Kloostri_vallavalitsus, lk 9
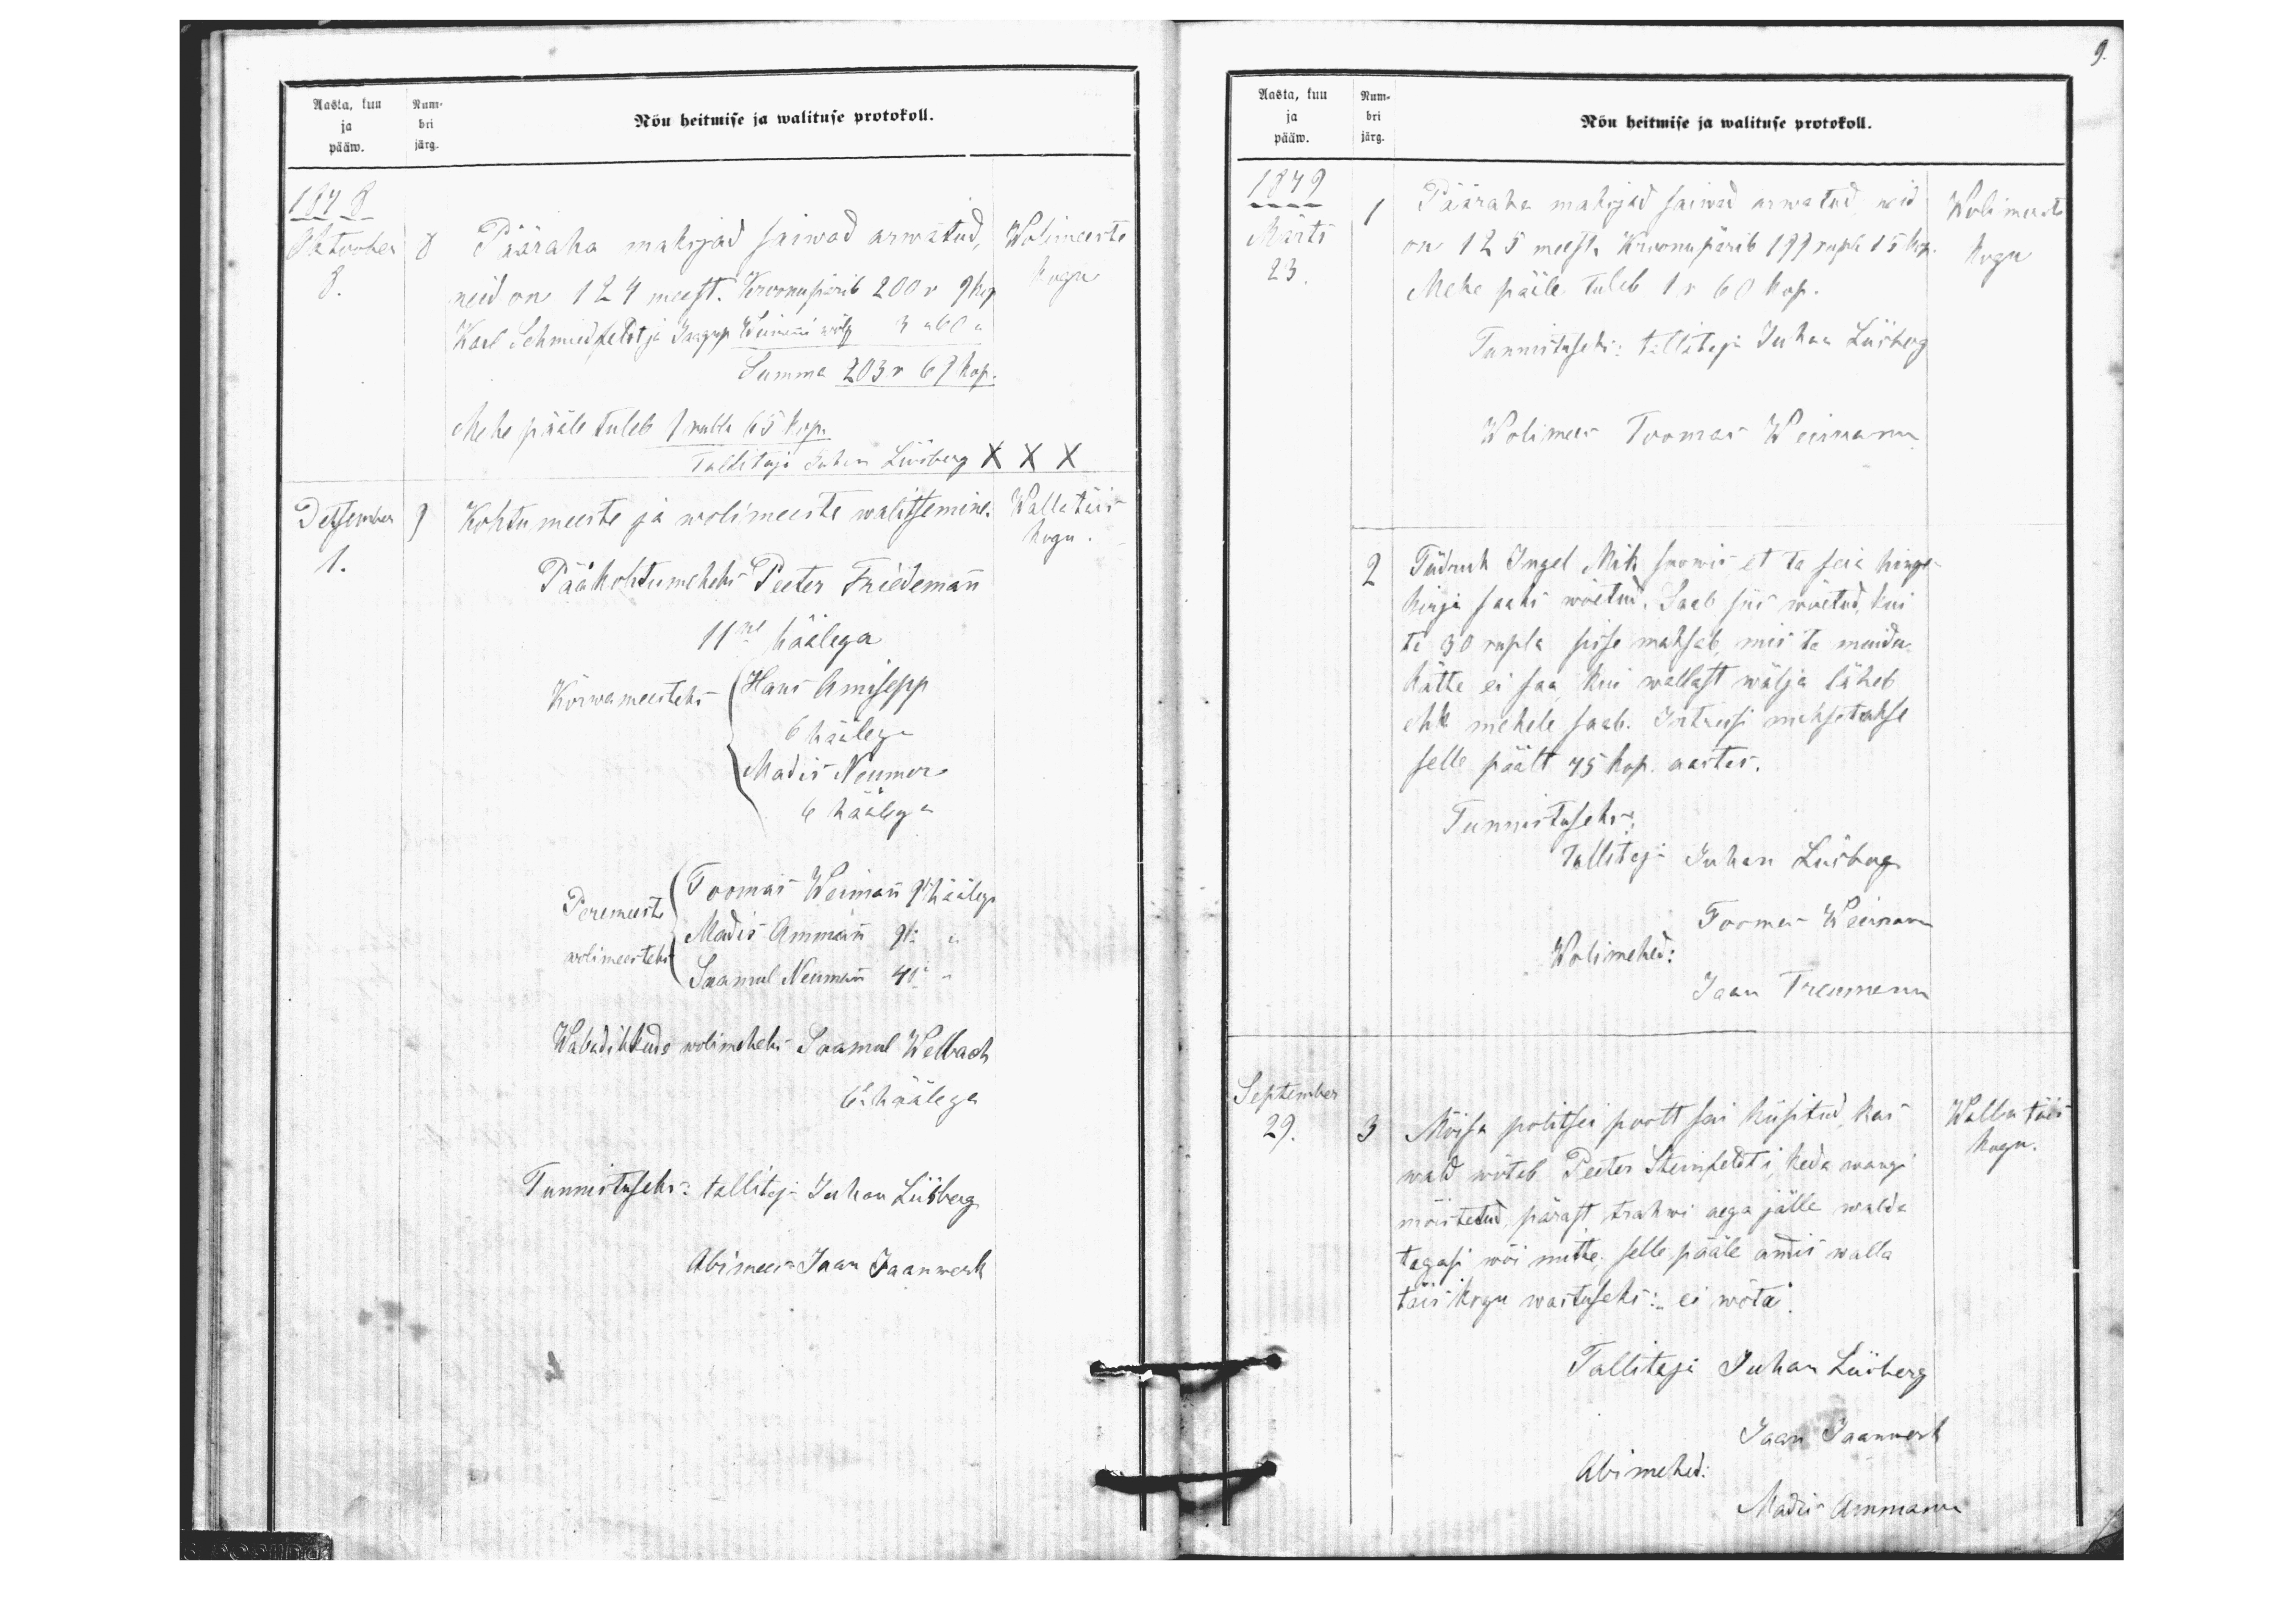
Aasta, kuu Num-
ja bri
pääw. järg.
Nõu heitmise ja walituse protokoll.
1878
Oktoober
8 Pääraha maksjad saiwad arwatud,
Wolimeeste
8.
neid on 124 meest. Kroonu pärib 200 r. 9 kop.
kogu
Karl Schmidfeldt ja Jaagup Weimanni wõlg. 3 " 60 "
Summa 203 r 69 kop.
Mehe pääle tuleb 1 rubla 65 kop.
Tallitaja Juhan Liisberg XXX
Detsember
9 Kohtumeeste ja wolimeeste walitsemine.
Walla täis
1.
kogu.
Pääkohtumees Peeter Friedemann
11ne häälega.
Kõrwa meesteks
Hans Amisepp
6 häälega
Matis Neumer
6 häälega
Toomas Weimann 9 häälega
Peremeeste
Madis Ammann 9 "
wolimeesteks
Saamul Neumann 4 "
Wabadikkude wolimeheks Saamul Welbach
6. häälega
Tunnistuseks: tallitaja Juhan Liisberg
Abimees: Jaan Jaanwerk

9.
Aasta, kuu Num-
ja bri
pääw. järg
Nõu heitmise ja walituse protokoll.
1879
1 Pääraha maksjad saiwad arwatud, neid
Wolimeeste
Märts
on 125 meest. Kroonu pärib 199 rubla 15 kop.
23.
kogu
Mehe päile tuleb 1 r 60 kop.
Tunnituseks: tallitaja Juhan Liisberg
Wolimees Toomas Weimann
2 Tüdruk Ingel Mik soowis et ta seie hinge-
kirja saaks wõetud. Saeb siis wöetud, kui
ta 30 rupla sisse maksab mis ta muidu,
kätte ei saa kui wallast wälja läheb
ehk mehele saab. Intressi maksetakse
selle päält 75 kop. aastas.
Tunnistuseks
Tallitaja Juhan Liisberg
Toomas Weerman
Wolimehed:
Jaan Treumann
September
3 Mõisa politsei poolt sai küsitud, kas
Walla täis
29.
nad wõtab Peeter Steinfeldti, keda wangi
kogu
mõistetud, pärast trahwi aega jälle walda
tagasi wõi mitte, selle pääle andis walla
täis kogu wastuseks: "ei wõta".
Tallitaja Juhan Liisberg
Jaan Jaanwert
Abimehed:
Madis Ammann